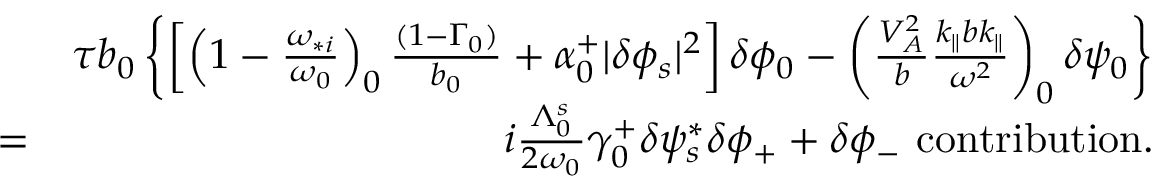
\begin{array} { r l r } & { } & { \tau b _ { 0 } \left\{ \left[ \left( 1 - \frac { \omega _ { * i } } { \omega _ { 0 } } \right) _ { 0 } \frac { ( 1 - \Gamma _ { 0 } ) } { b _ { 0 } } + \alpha _ { 0 } ^ { + } \lvert \delta \phi _ { s } \rvert ^ { 2 } \right] \delta \phi _ { 0 } - \left( \frac { V _ { A } ^ { 2 } } { b } \frac { k _ { \parallel } b k _ { \parallel } } { \omega ^ { 2 } } \right) _ { 0 } \delta \psi _ { 0 } \right\} } \\ & { = } & { i \frac { \Lambda _ { 0 } ^ { s } } { 2 \omega _ { 0 } } \gamma _ { 0 } ^ { + } \delta \psi _ { s } ^ { * } \delta \phi _ { + } + \delta \phi _ { - } \ \mathrm { c o n t r i b u t i o n } . } \end{array}